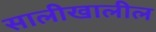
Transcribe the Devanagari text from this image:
सालीखालील